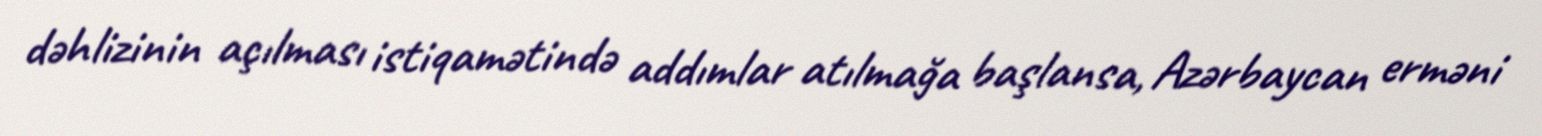
dəhlizinin açılması istiqamətində addımlar atılmağa başlansa, Azərbaycan erməni